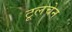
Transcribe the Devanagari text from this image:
टूलचेन